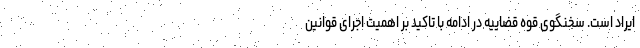
ایراد است. سخنگوی قوه قضاییه در ادامه با تاکید بر اهمیت اجرای قوانین